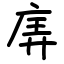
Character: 㢅